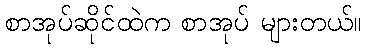
စာအုပ်ဆိုင်ထဲက စာအုပ် များတယ်။